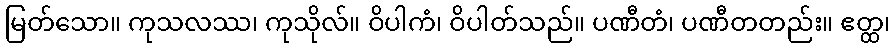
မြတ်သော။ ကုသလဿ၊ ကုသိုလ်။ ဝိပါကံ၊ ဝိပါတ်သည်။ ပဏီတံ၊ ပဏီတတည်း။ ဧတ္ထ၊